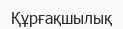
Құрғақшылық